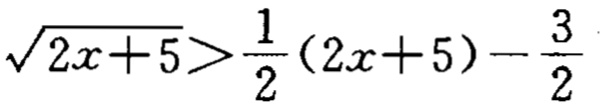
\(\sqrt{2x + 5}>\frac{1}{2}(2x + 5)-\frac{3}{2}\)